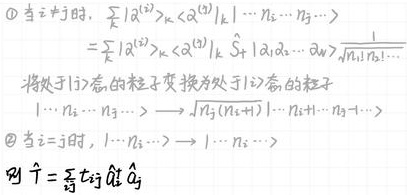
\textcircled{1} 当 $i \neq j$ 时，
\[
\begin{align*}
&\sum_{k} \langle \alpha^{(2)} \rangle_{k} \langle \alpha^{(1)} \rangle_{k} | \cdots n_{i} \cdots n_{j} \cdots \rangle\\
=&\sum_{k} \langle \alpha^{(2)} \rangle_{k} \langle \alpha^{(1)} \rangle_{k} \hat{S}_{j} | \alpha_{1} \rangle \cdots | \alpha_{N} \rangle \frac{1}{\sqrt{n_{1}! n_{2}! \cdots}}
\end{align*}
\]
将处于 $|i\rangle$ 态的粒子变换为处于 $|j\rangle$ 态的粒子
\[
| \cdots n_{i} \cdots n_{j} \cdots \rangle \longrightarrow \sqrt{n_{j} (n_{i}+1)} | \cdots n_{i}+1 \cdots n_{j}-1 \cdots \rangle
\]
\textcircled{2} 当 $i = j$ 时，$| \cdots n_{i} \cdots \rangle \longrightarrow | \cdots n_{i} \cdots \rangle$

则 $\hat{T}=\sum_{i j} t_{i j} \hat{a}_{i}^{\dagger} \hat{a}_{j}$